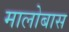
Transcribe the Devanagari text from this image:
मालोबास